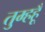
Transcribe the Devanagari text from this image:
तुम्हहूँ